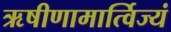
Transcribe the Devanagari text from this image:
ऋषीणामार्त्विज्यं